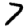
Digit: 7